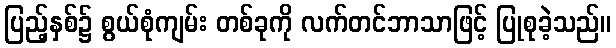
ပြည့်နှစ်၌ စွယ်စုံကျမ်း တစ်ခုကို လက်တင်ဘာသာဖြင့် ပြုစုခဲ့သည်။